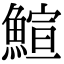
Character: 鰚